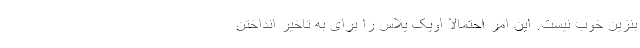
بنزین خوب نیست. این امر احتمالا اوپک پلاس را برای به تاخیر انداختن